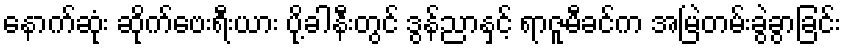
နောက်ဆုံး ဆိုက်ဗေးရီးယား ပို့ခါနီးတွင် ဒွန်ညာနှင့် ရာဇူမီခင်က အမြဲတမ်းခွဲခွာခြင်း